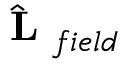
\hat { \mathrm { ~ \bf ~ L ~ } } _ { f i e l d }